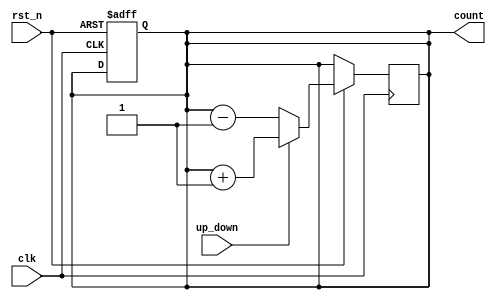
module UpDownCounter (
    input wire clk,
    input wire rst_n,
    input wire up_down,
    output reg [3:0] count
);

reg [3:0] next_count;

always @(posedge clk or negedge rst_n) begin
    if (~rst_n) begin
        count <= 4'b0000;
    end else begin
        if (up_down) begin
            next_count <= count + 1;
        end else begin
            next_count <= count - 1;
        end
    end
end

always @(*) begin
    count <= next_count;
end

endmodule